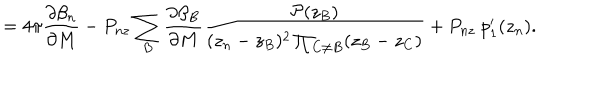
= 4 \pi \frac { \partial \beta _ { n } } { \partial M } - P _ { n z } \sum _ { B } \frac { \partial \beta _ { B } } { \partial M } \frac { { \cal P } ( z _ { B } ) } { ( z _ { n } - z _ { B } ) ^ { 2 } \prod _ { C \neq B } ( z _ { B } - z _ { C } ) } + P _ { n z } ~ p _ { 1 } ^ { \prime } ( z _ { n } ) .